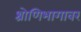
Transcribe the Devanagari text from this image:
श्रोणिभागावर